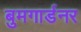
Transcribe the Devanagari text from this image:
बुमगार्डनर